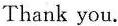
Thank you.